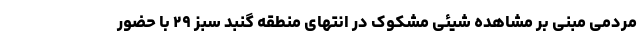
مردمی مبنی بر مشاهده شیئی مشکوک در انتهای منطقه گنبد سبز ۲۹ با حضور